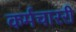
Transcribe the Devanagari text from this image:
कर्मचाररी